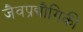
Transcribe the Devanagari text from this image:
जैवप्रद्यौगिकी